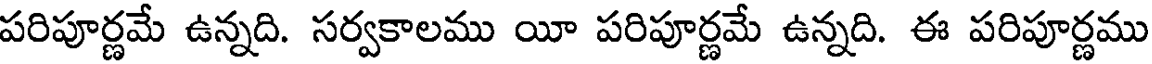
పరిపూర్ణమే ఉన్నది. సర్వకాలము యీ పరిపూర్ణమే ఉన్నది. ఈ పరిపూర్ణము